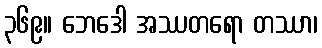
၃၆၉။ ဘေဒေါ အဿတရော တဿာ၊